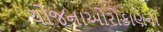
યોજનાઓરોકાણની